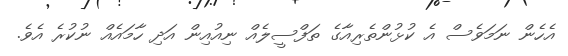
އެހެން ނަމަވެސް އެ ކުޅުންތެރިއާގެ ތަފްސީލެއް ނިއުއިން އަދި ހާމައެއް ނުކުރެ އެވެ.